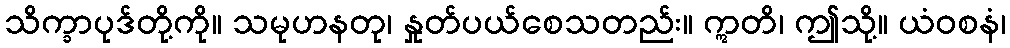
သိက္ခာပုဒ်တို့ကို။ သမုဟနတု၊ နှုတ်ပယ်စေသတည်း။ ဣတိ၊ ဤသို့။ ယံဝစနံ၊